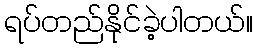
ရပ်တည်နိုင်ခဲ့ပါတယ်။